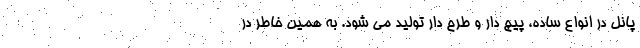
پانل در انواع ساده، پیچ دار و طرح دار تولید می شود. به همین خاطر در